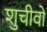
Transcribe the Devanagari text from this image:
शुचीवो